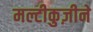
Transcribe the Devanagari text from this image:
मल्टीकुज़ीने